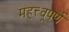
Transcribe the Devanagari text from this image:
महत्त्वूपर्ण